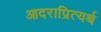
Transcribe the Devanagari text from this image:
आदराप्रित्यर्थ